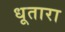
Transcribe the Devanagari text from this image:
धूतारा